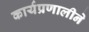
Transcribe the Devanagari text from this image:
कार्यप्रणालीने